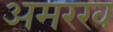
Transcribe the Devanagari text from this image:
अमरख